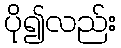
ပို၍လည်း